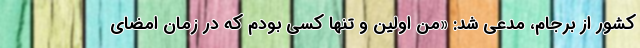
کشور از برجام، مدعی شد: «من اولین و تنها کسی بودم که در زمان امضای